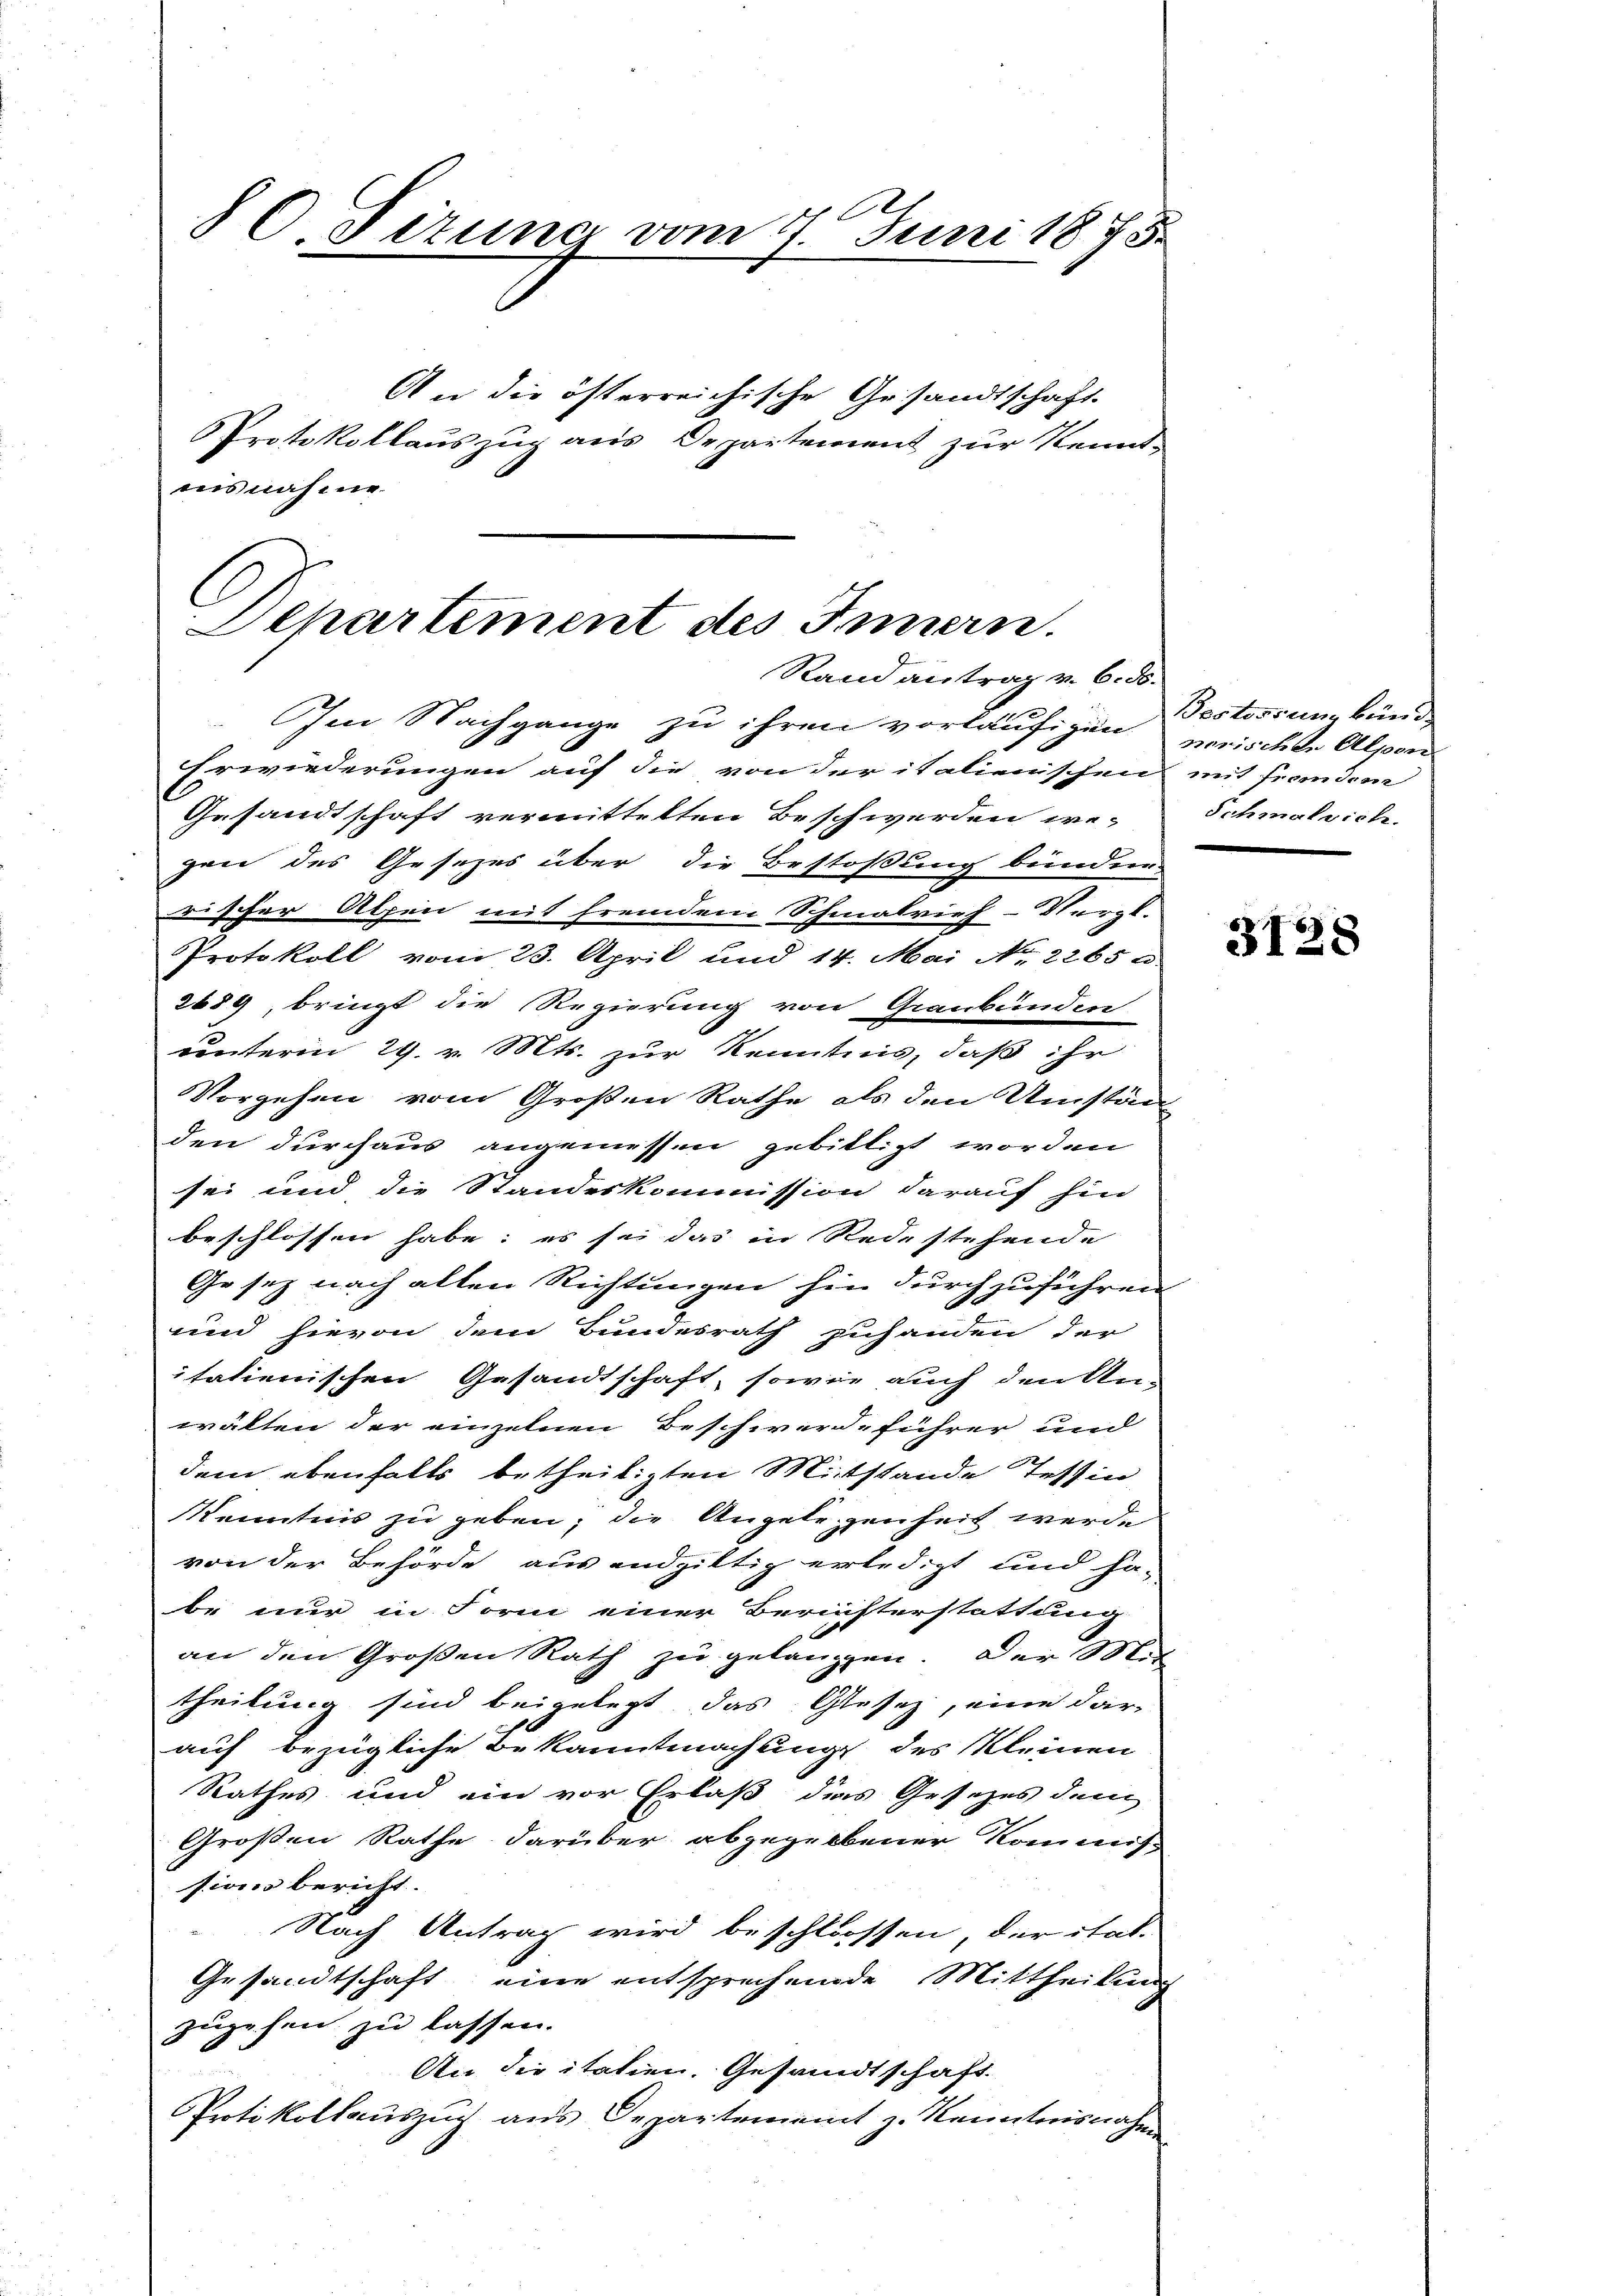
80 Firung vom 7. Juni 1875.

An die österreichische Gesandtschaft.
Protokollauszug aus Departement zur Kennt-
iisnahme

Im Nachgange zu ihren vorläufigen worischte Alpen
Erwiederungen auf die von der italienischen mit Frandone
Gesandtschaft vermittelten Beschwerden wegen des Gesezes über die Bestoßung bünden
rischer Alpen mit fremdem Schmalrief-Vergl.
Protokoll vom 23. April und 14. Mai No 2265 a
2689, bringt die Regierung von Graubünden
unterm 29. v. Mts. zur Kenntnis, daß ihr
Vorgehen vom Großen Rathe als den Umstän
den durchaus angemessen gebittigt worden
sei und die Standeskommission darauf hin
beschlossen habe; es sei das in Rede stehende
Gesetz nach allen Richtungen hin durchzuführen
und hievon dem Bundesrath zuhanden der
italienischen Gesandtschaft, sowie auch denken
wälten der einzelnen Beschwerdeführer und
dem ebenfalls betheiligten Mitstande Tessin
Kenntnis zu geben; die Angelegenheit werde
von der Behörde aus endgiltig erledigt und habe nur in Form einer Berichterstattung
an den Großen Rath zu gelangen. Der Mit
theilung sind beigelegt, das Gesez, eine dar-
auf bezügliche Bekanntmachung des Kleinen
Rathes und ein vor Erlaß dies Gesetzes dem
Großen Rathe darüber abgegebener Kommis
sions bericht.
Nach Antrag wird beschlossen, der ital¬
Gesandtschaft eine entsprechende Mittheilung
zugehen zu lassen.
An die italien. Gesandtschaft.
Protokollauszug aus Departement z. Kenntnisnahm

Achartement des Innern.
Rand antrag v. 6. ds.

Bestossung bänd
Schmalvich.

3128